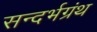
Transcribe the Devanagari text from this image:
सन्दर्भग्रंथ